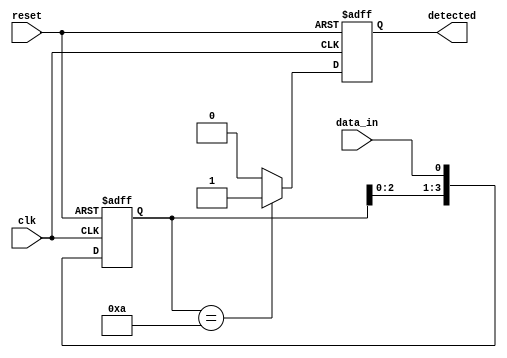
module pattern_detector #(
    parameter PATTERN_LENGTH = 4, // Length of the pattern to detect
    parameter PATTERN = 4'b1010    // The pattern to detect
)(
    input wire clk,                 // Clock signal
    input wire reset,               // Reset signal
    input wire data_in,             // Input data stream (0 or 1)
    output reg detected             // Output signal indicating pattern detection
);

    // Flip-flops to store incoming bits
    reg [PATTERN_LENGTH-1:0] shift_reg;

    always @(posedge clk or posedge reset) begin
        if (reset) begin
            // Reset the shift register and detected signal
            shift_reg <= 0;
            detected <= 0;
        end else begin
            // Shift the incoming data into the shift register
            shift_reg <= {shift_reg[PATTERN_LENGTH-2:0], data_in};

            // Check for pattern detection
            if (shift_reg == PATTERN) begin
                detected <= 1; // Pattern detected
            end else begin
                detected <= 0; // No pattern detected
            end
        end
    end

endmodule